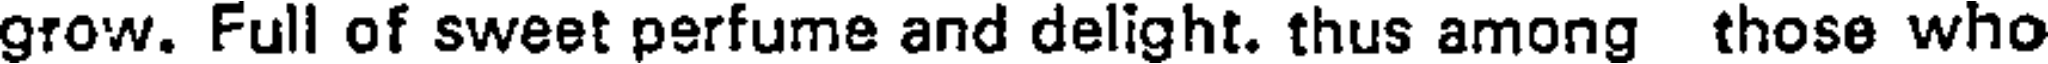
grow. Full of sweet perfume and delight. thus among those who